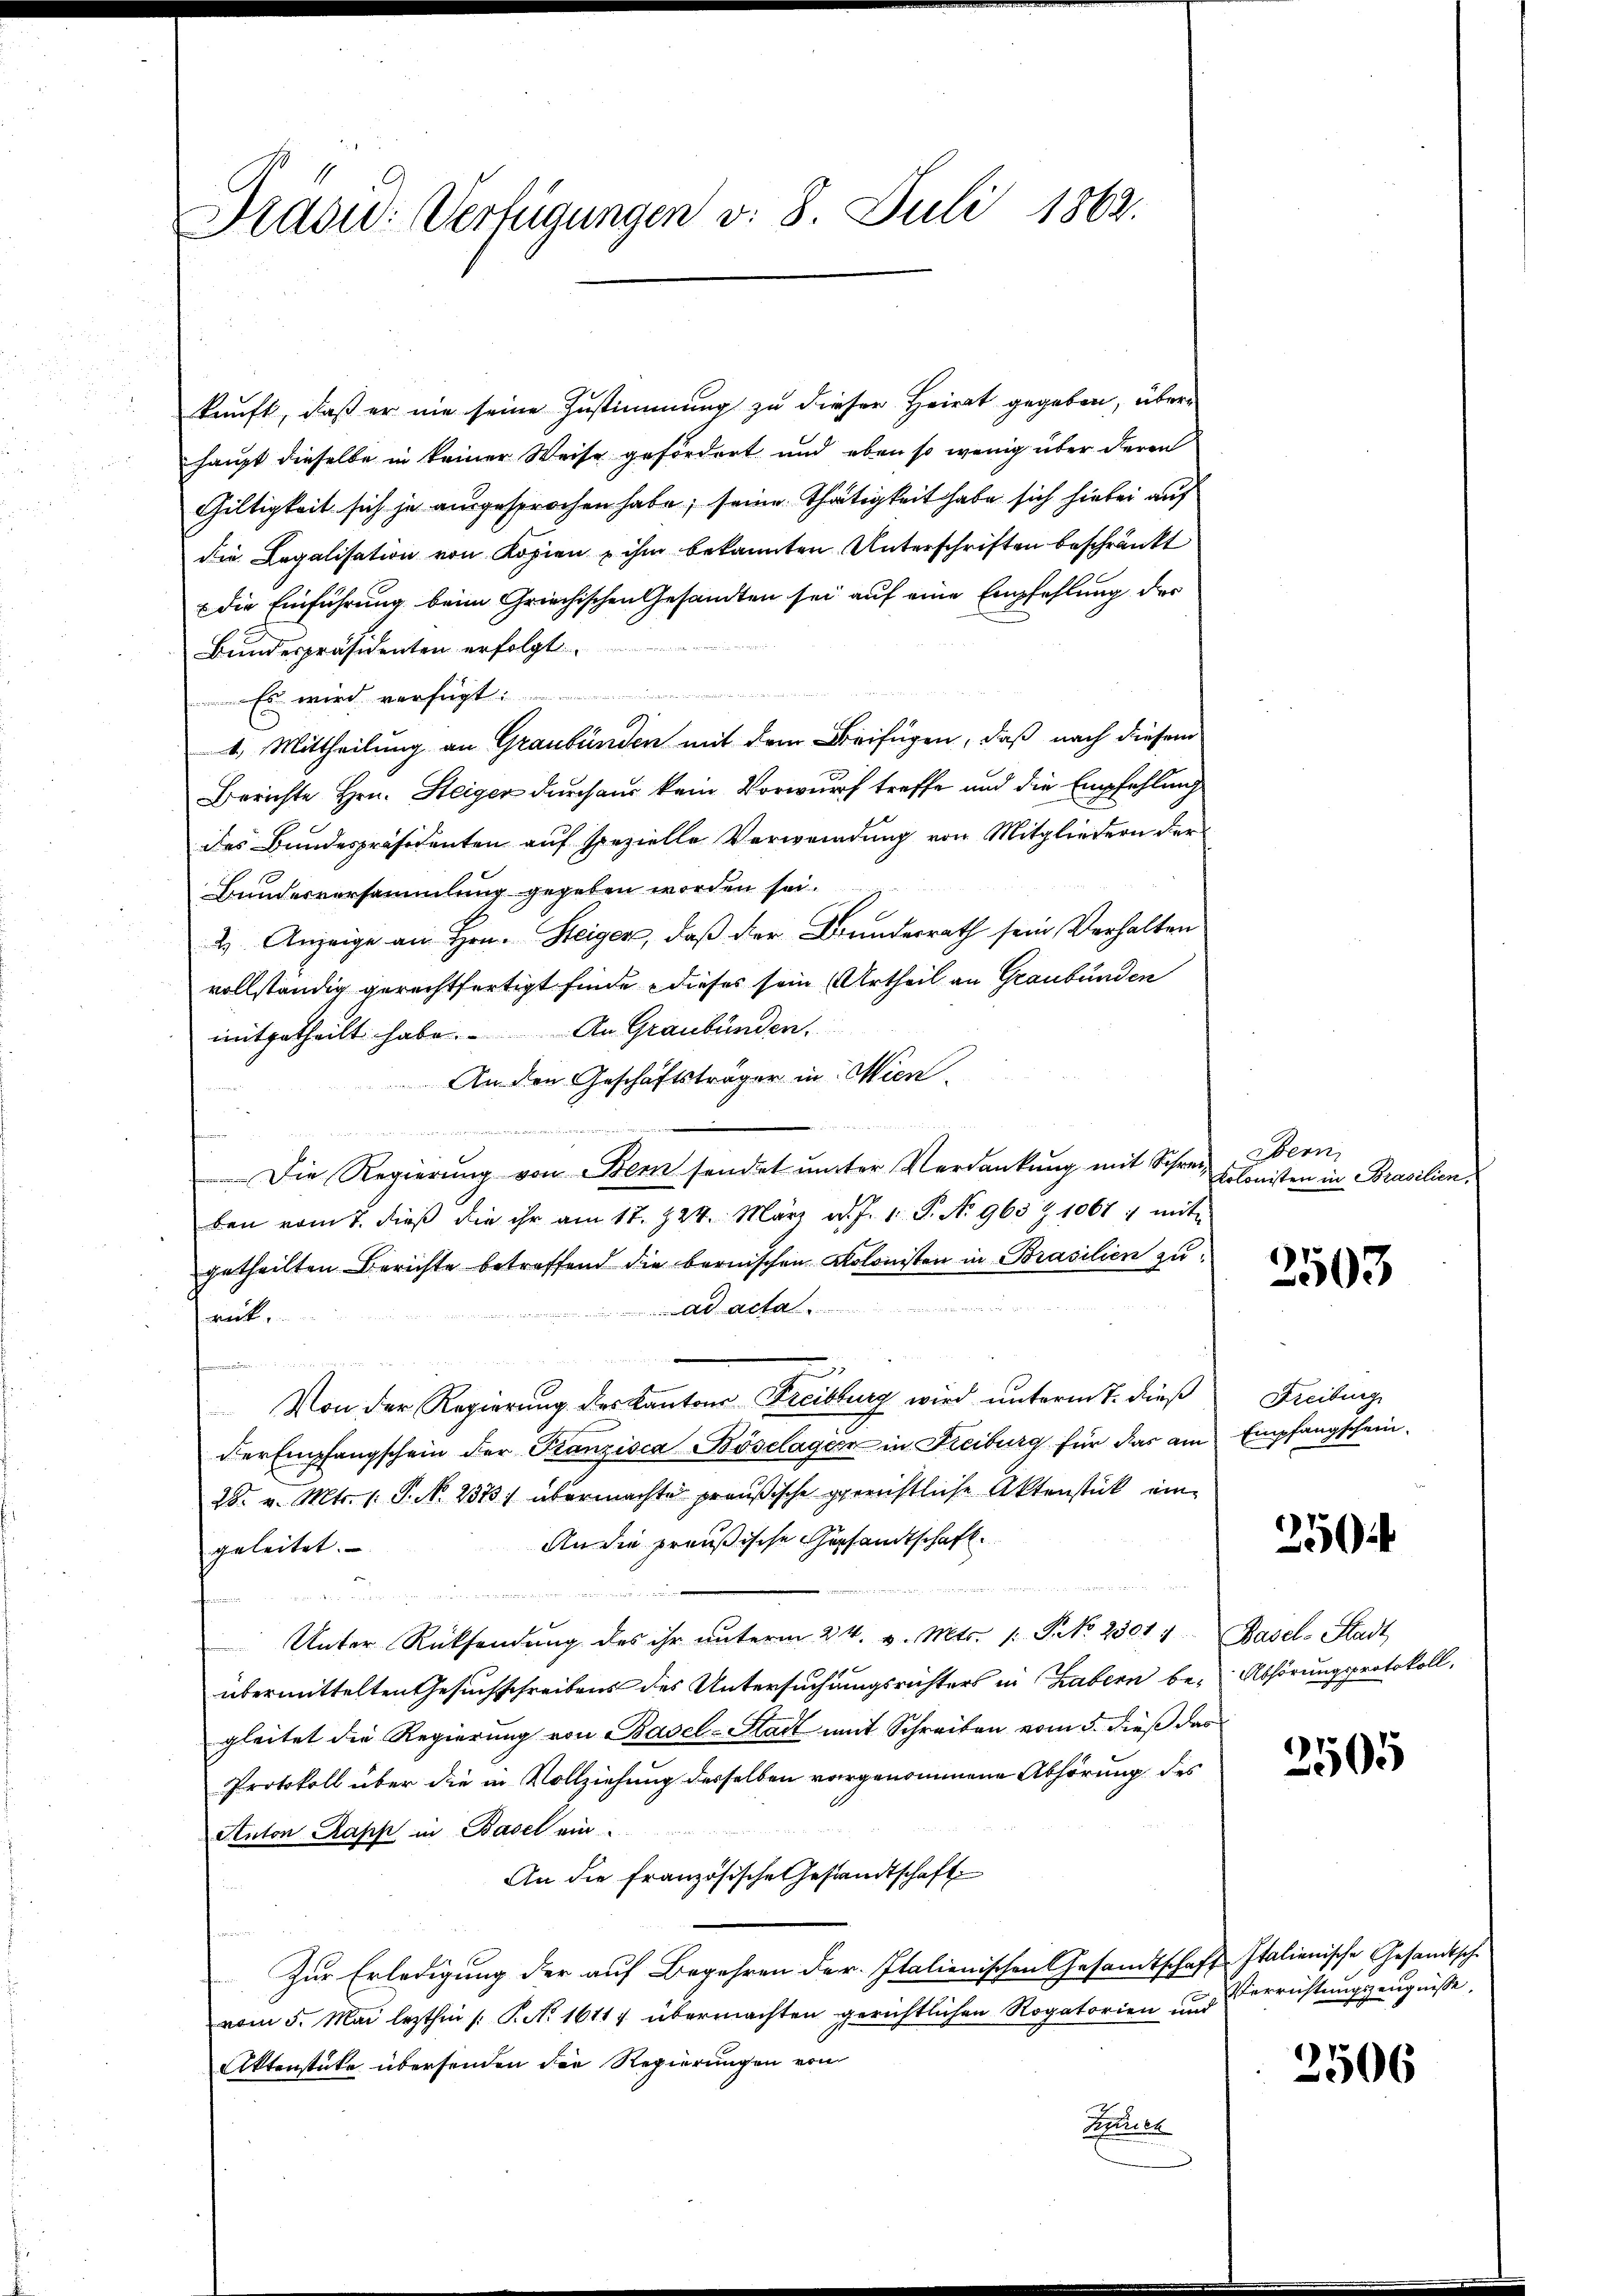
Präsid. Verfügungen v. 8. Juli 1862.

kunft, daß er nie seine Zustimmung zu dieser Heirat gegeben, überhaupt dieselbe in keiner Weise gefördert und eben so wenig über deren
Giltigkeit sich je ausgesprochen habe; seine Thätigkeit habe sich hiebei auf
die Legalisation von Kopien u ihm bekannten Unterschriften beschränkt
 die Einführung beim Griechischen Gesandten sei auf eine Empfehlung des
Bundespräsidenten erfolgt.
Es wird verfügt:
4. Mittheilung an Graubünden mit dem Beifügen, daß nach diesem
Berichte Hrn. Steiger durch aus kein Vorwurf treffe und die Empfehlung
des Bundespräsidenten auf spezielle Verwendung von Mitgliedern der
Bundesversammlung gegeben worden sei.
2) Anzeige an Hrn. Steiger, daß der Bundesrath sein Verhalten
vollständig gerechtfertigt finde dieses sein Urtheil an Graubünden
mitgetheilt habe. An Graubünden.
An den Geschäftsträger in Wien
d
.
Die Regierung von Bem sendet unter Verdankung mit Schrei-
ben vom 7. dieß die ihr am 17. 224. März d. J. 1 S. No 963 Z. 1061 : mit
getheilten Berichte betreffend die bernischen Kolonisten in Brasilien zuad acta.
rück.

Von der Regierung des Kantons Freibburg wird unterm 7. dieß
der Empfangschein der Franzisca Böselager in Freiburg für das am Empfangschein¬
25. v. Mts. (: P. N. 2373) übermachte preußische gerichtliche Aktenstück ein¬
An die preußische Gesandtschaft.
geleitet.
n
.
Unter Rücksendŭng des ihr ŭnterm 24. v. Mts. 1. P. No. 2301 1 Basel-Stadt
übermittelten Gesuchschreibens des Untersuchungsrichters in Habern be-Abhörungsprotokoll,
gleitet die Regierung von Basel-Stadt mit Schreiben vom 5. dieß das
Protokoll über die in Vollziehung desselben vorgenommene Abhörung des
Anton Papp in Basel ein
An die französische Gestandtschaft
Zur Erledigung der auf Begehren der Italienischen Gesandtschaft Italienische Gesandtsche
vom 5. Mai lezthin /: P. Nr. 16117 übermachten gerichtlichen Rogatorien und
Aktenstücke übersenden der Regierungen von
Ferien

Bern
kolonisten in Brasilien,

2503

Freiburg

250

2505

Verrichtungszeugnisse.

2506